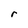
Character: r